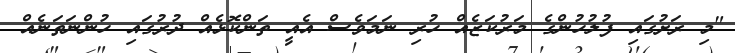
"މި ރަށުގައި ފުލުހުންގެ މަރުކަޒެއް ހުރި ނަމަވެސް އެއީ ތަންކޮޅެއް ދުރުގައި ހުންނަތަނެއް